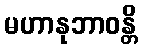
မဟာနုဘာဝန္တိ